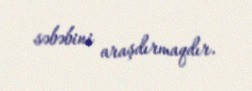
səbəbini araşdırmaqdır.